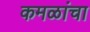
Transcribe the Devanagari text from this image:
कमळांचा